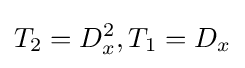
T_{2}=D_{x}^{2},T_{1}=D_{x}